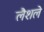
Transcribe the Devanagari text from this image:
लैशले